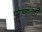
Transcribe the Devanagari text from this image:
पुराणांतही